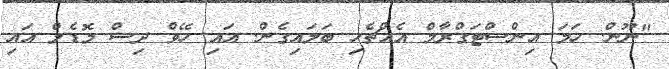
"ނޫން. ހަމަ އިންސްޓަގްރާމް އެއްޗެހި ބަލައިގެން. އައި ހޭވް ދިސް މޮޑެލް އައި